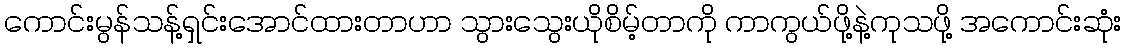
ကောင်းမွန်သန့်ရှင်းအောင်ထားတာဟာ သွားသွေးယိုစိမ့်တာကို ကာကွယ်ဖို့နဲ့ကုသဖို့ အကောင်းဆုံး